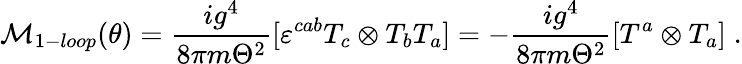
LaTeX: {\cal M}_{1-loop}(\theta)=\frac{ig^{4}}{8\pi m\Theta^{2}}[\varepsilon^{cab}T_{c}\otimes T_{b}T_{a}]=-\frac{ig^{4}}{8\pi m\Theta^{2}}[T^{a}\otimes T_{a}]\; .